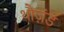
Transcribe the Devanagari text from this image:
थौज़ंड